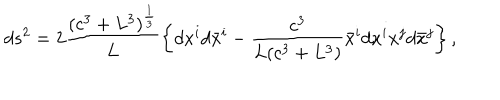
d s ^ { 2 } = 2 \frac { ( c ^ { 3 } + L ^ { 3 } ) ^ { \frac 1 3 } } L \left\{ d x ^ { i } d \bar { x } ^ { i } - \frac { c ^ { 3 } } { L ( c ^ { 3 } + L ^ { 3 } ) } \bar { x } ^ { i } d x ^ { i } x ^ { j } d \bar { x } ^ { j } \right\} ,